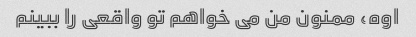
اوه، ممنون من می خواهم تو واقعی را ببینم